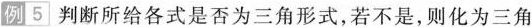
例5 判断所给各式是否为三角形式，若不是，则化为三角